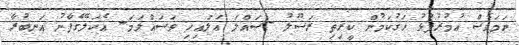
ނަމަވެސް ޢުމުރުފުޅު ހަގުކަމުން ކީރިތި ރަސޫލު -ޞައްލަ ޢަލައިހި ވަސައްލަމަ- އެކަލޭގެފާނު އަނބުރާ